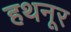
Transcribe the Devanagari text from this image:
हथनूर